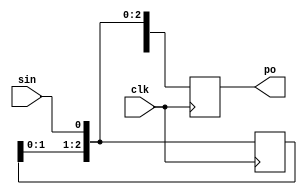
module sipo(sin,po,clk);
input sin,clk;
output reg [3:0] po;reg [3:0] tmp;
always@(posedge clk)
begin
	tmp=tmp<<1;
	tmp[0]=sin;
	po=tmp;
end
endmodule